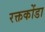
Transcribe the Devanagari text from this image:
रक्तकोंडा